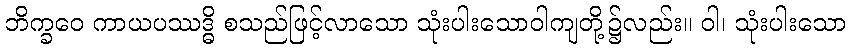
ဘိက္ခဝေ ကာယပဿဒ္ဓိ စသည်ဖြင့်လာသော သုံးပါးသောဝါကျတို့၌လည်း။ ဝါ၊ သုံးပါးသော